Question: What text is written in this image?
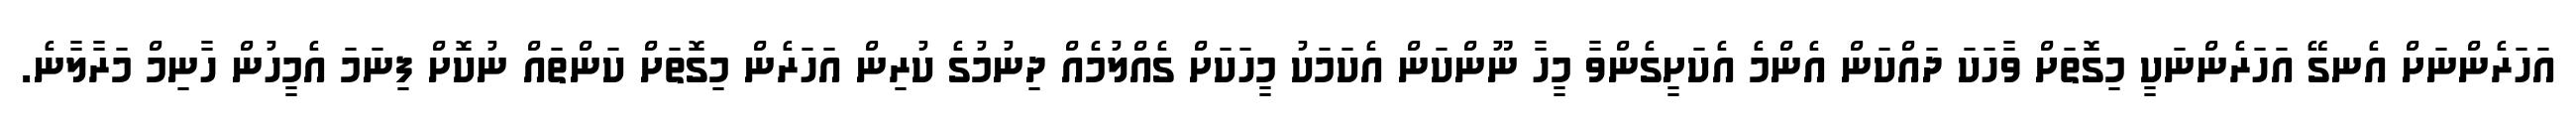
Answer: އަހަރެންނަށް އެނގޭ އަހަރެންނަކީ މިގޮތަށް ވާހަކަ ދައްކަން އެންމެ އެކަށީގެންވާ މީހާ ނޫންކަން އެކަމަކު މީހަކަށް ގެއްލުމެއް ދިނުމުގެ ކުރިން އަހަރެން މިގޮތަށް ކަންތައް ނުކޮށް ފިނަމަ އެމީހުން ހާނިމް މަރާލާނެ.